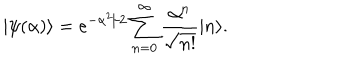
| \psi ( \alpha ) \rangle = e ^ { - \alpha ^ { 2 } / 2 } \sum _ { n = 0 } ^ { \infty } { \frac { \alpha ^ { n } } { \sqrt { n ! } } } | n \rangle .